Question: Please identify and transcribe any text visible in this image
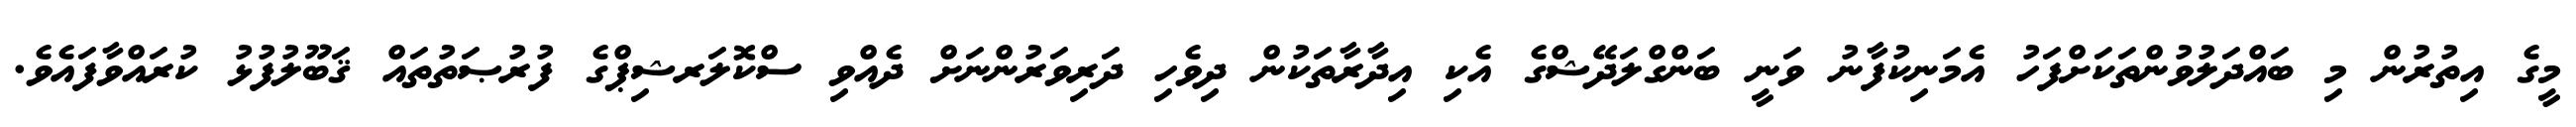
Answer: މީގެ އިތުރުން މި ބައްދަލުވުންތަކަށްފަހު އެމަނިކުފާނު ވަނީ ބަންގްލަދޭޝްގެ އެކި އިދާރާތަކުން ދިވެހި ދަރިވަރުންނަށް ދެއްވި ސްކޮލަރޝިޕްގެ ފުރުޞަތުތައް ޤަބޫލުފުޅު ކުރައްވާފައެވެ.